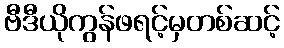
ဗီဒီယိုကွန်ဖရင့်မှတစ်ဆင့်